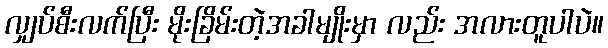
လျှပ်စီးလက်ပြီး မိုးခြိမ်းတဲ့အခါမျိုးမှာ လည်း အလားတူပါပဲ။